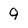
Character: 9